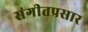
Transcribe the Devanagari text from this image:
संगीतप्रसार